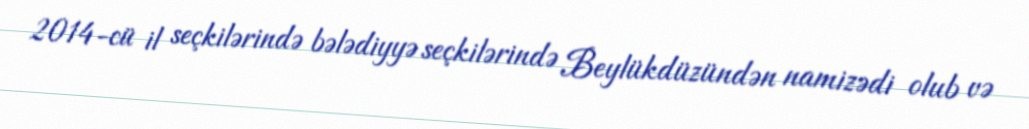
2014-cü il seçkilərində bələdiyyə seçkilərində Beylükdüzündən namizədi olub və